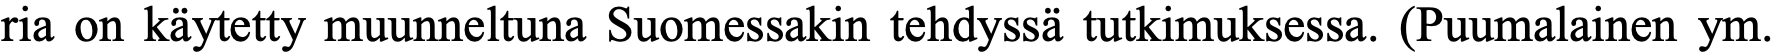
ria on käytetty muunneltuna Suomessakin tehdyssä tutkimuksessa. (Puumalainen ym.